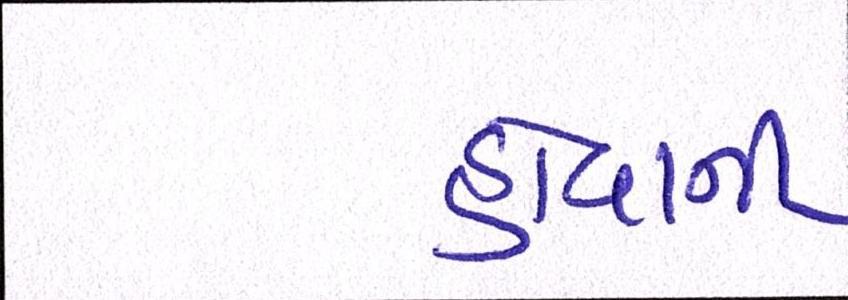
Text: હોવાની